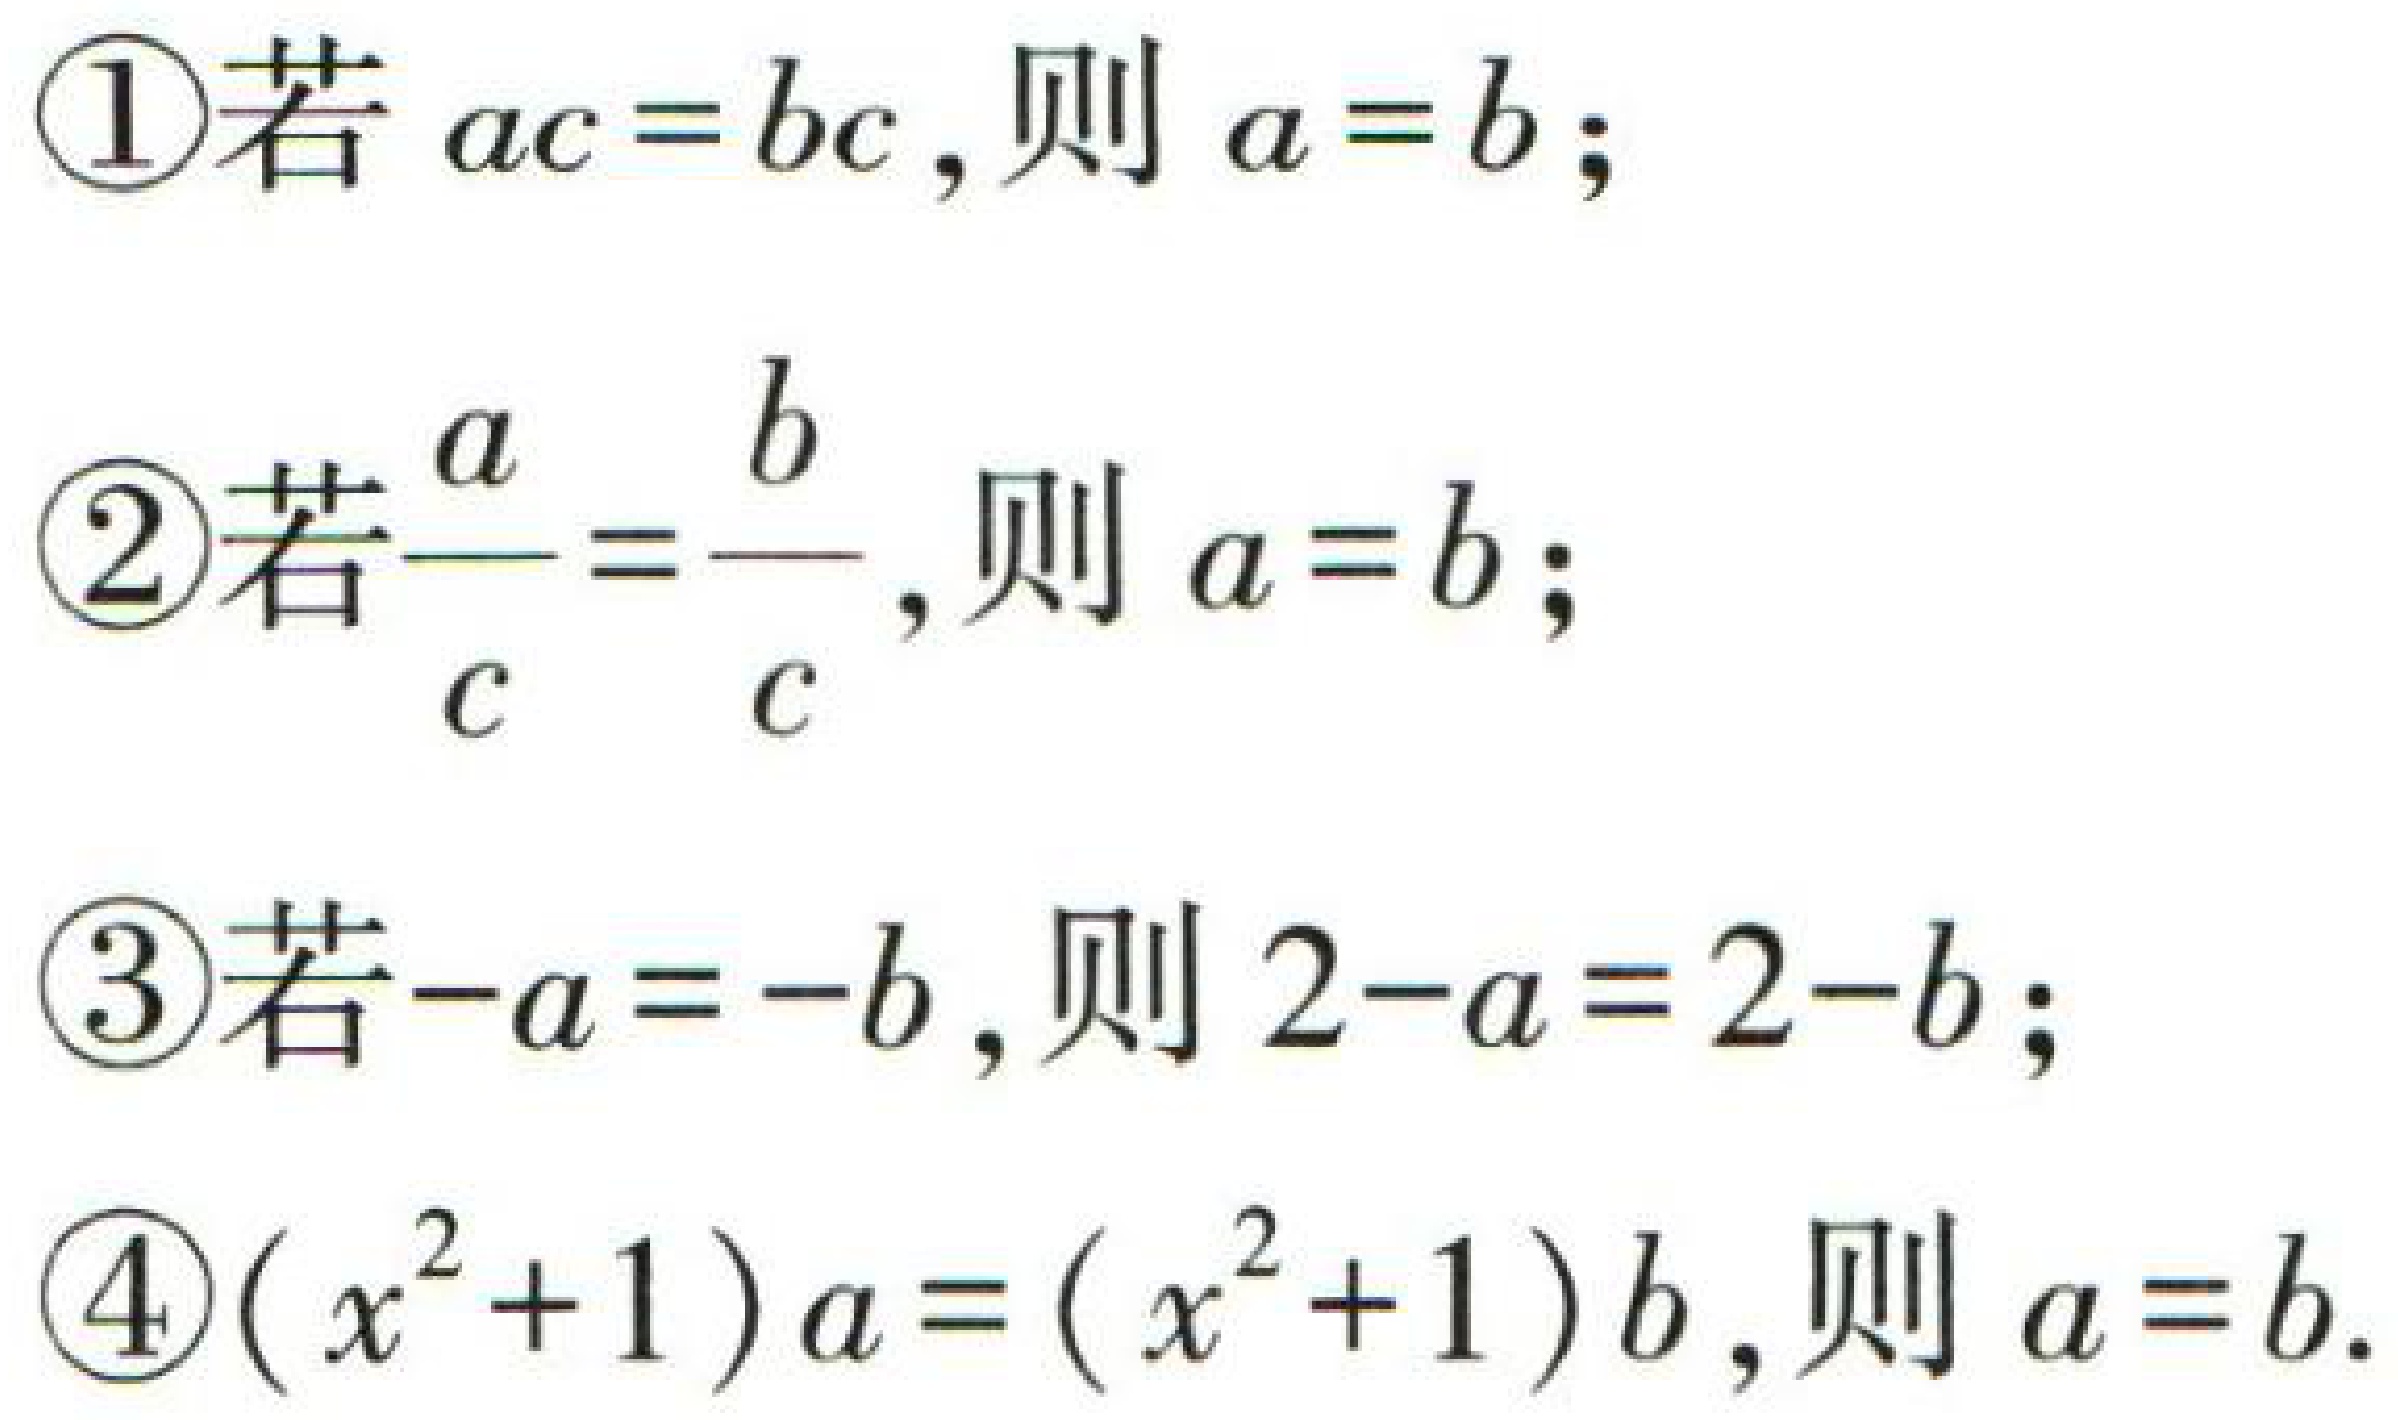
\textcircled{1}若 \(ac = bc\),则 \(a = b\);

\textcircled{2}若\(\frac{a}{c}=\frac{b}{c}\),则 \(a = b\);

\textcircled{3}若\(-a = -b\),则 \(2 - a = 2 - b\);

\textcircled{4}\((x^{2}+1)a=(x^{2}+1)b\),则 \(a = b\).